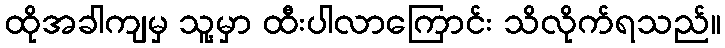
ထိုအခါကျမှ သူ့မှာ ထီးပါလာကြောင်း သိလိုက်ရသည်။